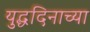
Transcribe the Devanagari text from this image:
युद्धदिनाच्या